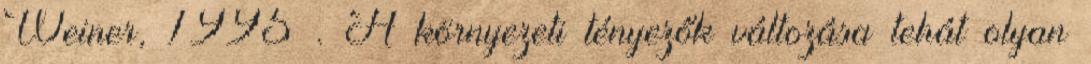
Weiner, 1995 . A környezeti tényezők változása tehát olyan